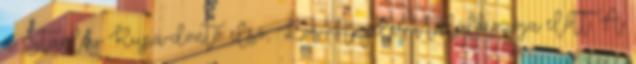
a Stanley Kupa-döntő első, Los Angeles-i találkozója előtt. A